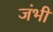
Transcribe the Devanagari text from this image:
जंभी